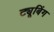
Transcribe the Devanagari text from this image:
ट्यूबिंग